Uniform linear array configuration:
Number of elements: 32
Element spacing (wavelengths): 1
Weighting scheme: kaiser
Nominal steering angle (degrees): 45
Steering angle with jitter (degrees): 46.056
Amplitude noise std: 0.05
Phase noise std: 0.05

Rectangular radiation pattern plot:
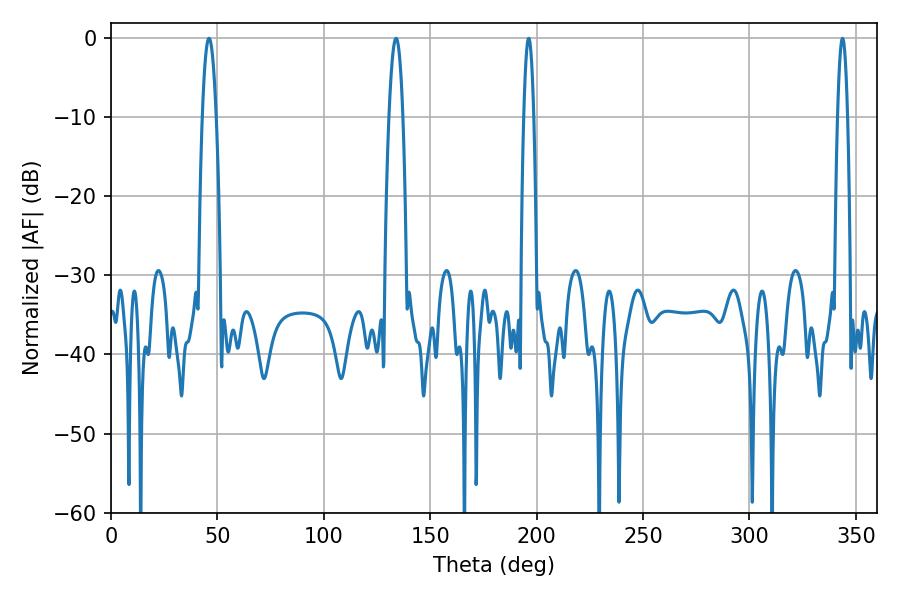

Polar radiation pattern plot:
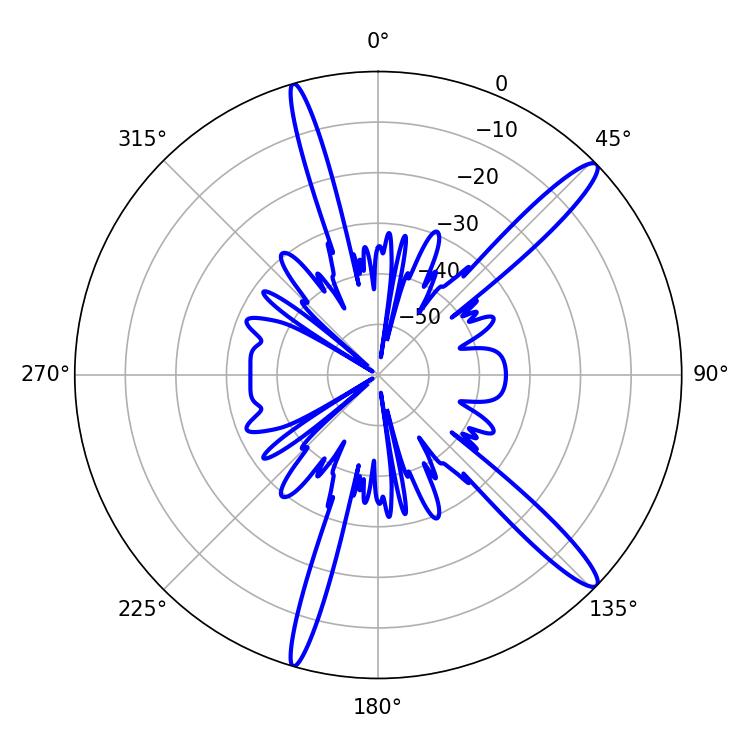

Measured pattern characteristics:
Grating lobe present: TRUE
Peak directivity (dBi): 14.528
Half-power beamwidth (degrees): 3.6
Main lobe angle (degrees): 133.92